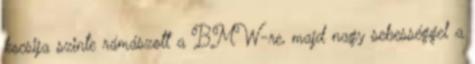
kocsija szinte rámászott a BMW-re, majd nagy sebességgel a